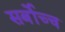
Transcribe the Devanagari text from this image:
सर्बोच्च